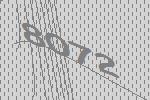
8072